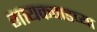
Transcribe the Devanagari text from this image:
गायकवाडच्या